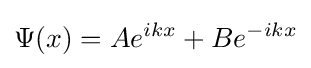
\Psi (x)=Ae^{ikx}+Be^{-ikx}